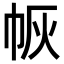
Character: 𭘛